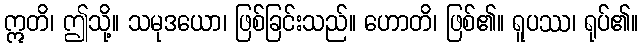
ဣတိ၊ ဤသို့။ သမုဒယော၊ ဖြစ်ခြင်းသည်။ ဟောတိ၊ ဖြစ်၏။ ရူပဿ၊ ရုပ်၏။